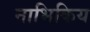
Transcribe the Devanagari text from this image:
नाभिकिय